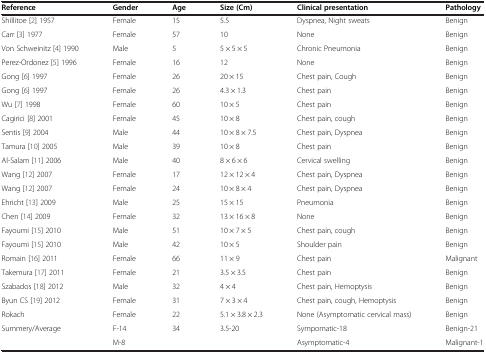
| Reference | Gender | Age | Size (Cm) | Clinical presentation | Pathology |
 | --- | --- | --- | --- | --- | --- |
 | Shillitoe[2] 1957 | Female | 15 | 5.5 | Dyspnea, Night sweats | Benign |
 | Carr[3] 1977 | Female | 57 | 10 | None | Benign |
 | Von Schweinitz[4] 1990 | Male | 5 | 5 × 5 × 5 | Chronic Pneumonia | Benign |
 | Perez-Ordonez[5] 1996 | Female | 16 | 12 | None | Benign |
 | Gong[6] 1997 | Female | 26 | 20 × 15 | Chest pain, Cough | Benign |
 | Gong[6] 1997 | Female | 26 | 4.3 × 1.3 | Chest pain | Benign |
 | Wu[7] 1998 | Female | 60 | 10 × 5 | Chest pain | Benign |
 | Cagirici[8] 2001 | Female | 45 | 10 × 8 | Chest pain, cough | Benign |
 | Sentis[9] 2004 | Male | 44 | 10 × 8 × 7.5 | Chest pain, Dyspnea | Benign |
 | Tamura[10] 2005 | Male | 39 | 10 × 8 | Chest pain | Benign |
 | Al-Salam[11] 2006 | Male | 40 | 8 × 6 × 6 | Cervical swelling | Benign |
 | Wang[12] 2007 | Female | 17 | 12 × 12 × 4 | Chest pain, Dyspnea | Benign |
 | Wang[12] 2007 | Female | 24 | 10 × 8 × 4 | Chest pain, Dyspnea | Benign |
 | Ehricht[13] 2009 | Male | 25 | 15 × 15 | Pneumonia | Benign |
 | Chen[14] 2009 | Female | 32 | 13 × 16 × 8 | None | Benign |
 | Fayoumi[15] 2010 | Male | 51 | 10 × 7 × 5 | Chest pain, cough | Benign |
 | Fayoumi[15] 2010 | Male | 42 | 10 × 5 | Shoulder pain | Benign |
 | Romain[16] 2011 | Female | 66 | 11 × 9 | Chest pain | Malignant |
 | Takemura[17] 2011 | Female | 21 | 3.5 × 3.5 | Chest pain | Benign |
 | Szabados[18] 2012 | Male | 32 | 4 × 4 | Chest pain, Hemoptysis | Benign |
 | Byun CS[19] 2012 | Female | 31 | 7 × 3 × 4 | Chest pain, cough, Hemoptysis | Benign |
 | Rokach | Female | 22 | 5.1 × 3.8 × 2.3 | None (Asymptomatic cervical mass) | Benign |
 | Summery/Average | F-14 | 34 | 3.5-20 | Sympomatic-18 | Benign-21 |
 |  | M-8 |  |  | Asymptomatic-4 | Malignant-1 |